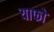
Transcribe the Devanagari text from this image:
याफो